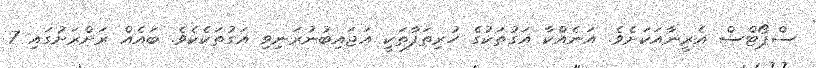
ސްޕޯޓްސް އެރީނާއަކަށެވެ. އަނެއްކާ އަގުތަކުގެ ހުރިތަފާތަކީ އަޖައިބުނުރަނިވި އަގުތަކެކެވެ. ބައެއް ރަށްރަށުގައި 7